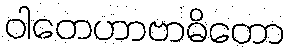
ဝါတေဟာဗာဓိတော